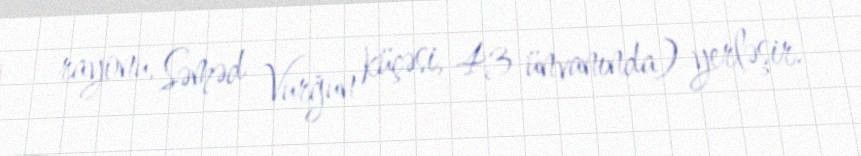
rayonu, Səməd Vurğun küçəsi, 43 ünvanında) yerləşir.